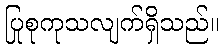
ပြုစုကုသလျက်ရှိသည်။